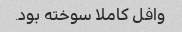
وافل کاملا سوخته بود.